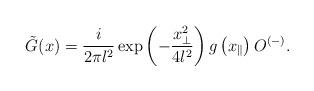
LaTeX: \begin{align*}\tilde{G}(x)=\frac{i}{2\pi l^2}\exp\left(-\frac{x_{\perp}^2}{4l^2}\right)g\left(x_{\parallel}\right)O^{(-)}.\end{align*}